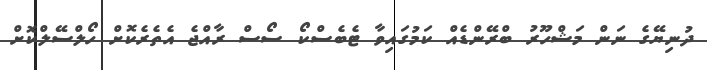
ދުނިޔޭގެ ނަން މަޝްހޫރު ބްރޭންޑެއް ކަމުގައިވާ ޓެބެސްކޯ ސޯސް ރާއްޖެ އެތެރެކޮށް ހޯލްސޭލްކޮށް